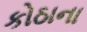
કોઠાના